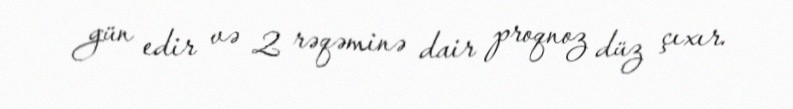
gün edir və 2 rəqəminə dair proqnoz düz çıxır.